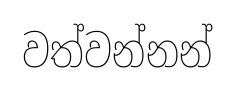
වත්වන්නන්